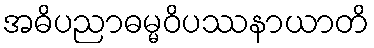
အဓိပညာဓမ္မဝိပဿနာယာတိ